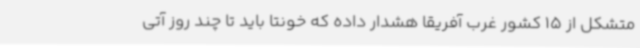
متشکل از 15 کشور غرب آفریقا هشدار داده که خونتا باید تا چند روز آتی